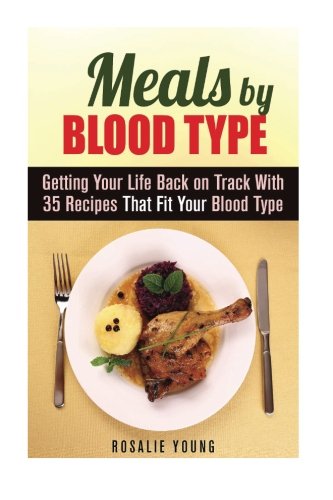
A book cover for Meals by Blood Type: Getting Your Life Back on Track With 35 Recipes That Fit Your Blood Type (Blood Type Diet & Low Cholesterol); Rosalie Young; Health, Fitness & Dieting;